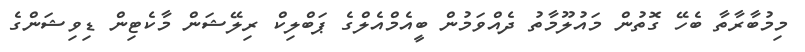
މިމުބާރާތާ ބެހޭ ގޮތުން މައުލޫމާތު ދެއްވަމުން ބީއެމްއެލްގެ ޕަބްލިކް ރިލޭޝަން މާކެޓިން ޑިވިޝަންގެ